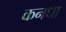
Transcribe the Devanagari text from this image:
कनधा